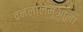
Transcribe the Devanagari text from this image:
वनलालमुआना